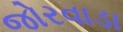
જોરવાડા